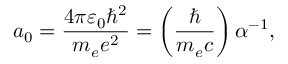
a _ { 0 } = \frac { 4 \pi \varepsilon _ { 0 } \hbar ^ { 2 } } { m _ { e } e ^ { 2 } } = \left( \frac { \hbar } { m _ { e } c } \right) \alpha ^ { - 1 } ,